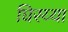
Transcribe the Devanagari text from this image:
घिरय्या